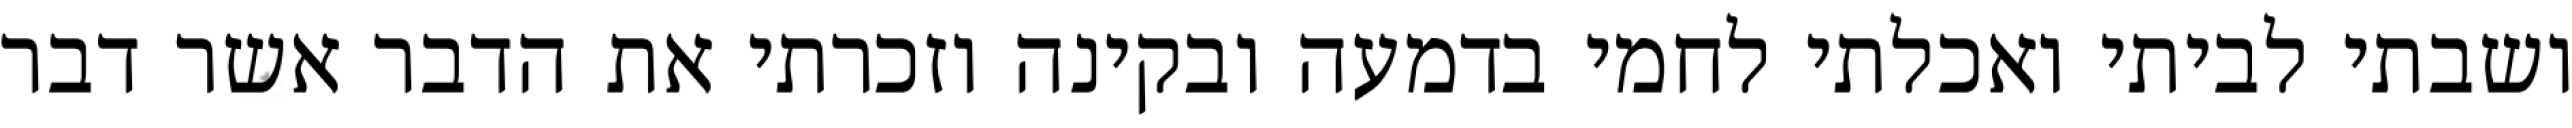
ושבתי לביתי ואכלתי לחמי בדמעה ובקינה וזכרתי את הדבר אשר דבר